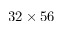
3 2 \times 5 6